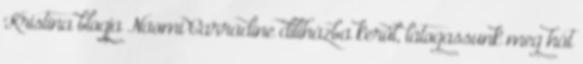
Kristina blogja Naomi Carradine diliházba kerül, látogassunk meg hát